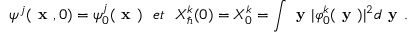
\psi ^ { j } ( \textbf { x } , 0 ) = \psi _ { 0 } ^ { j } ( \textbf { x } ) ~ ~ e t ~ ~ X _ { \hbar } ^ { k } ( 0 ) = X _ { 0 } ^ { k } = \int \textbf { y } \vert \varphi _ { 0 } ^ { k } ( \textbf { y } ) \vert ^ { 2 } d \textbf { y } .